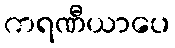
ကရဏီယာပေ